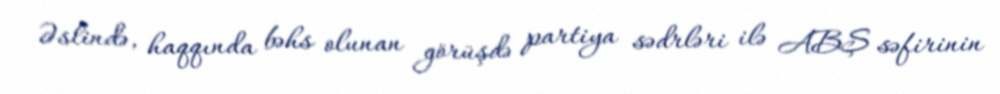
Əslində, haqqında bəhs olunan görüşdə partiya sədrləri ilə ABŞ səfirinin